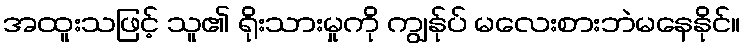
အထူးသဖြင့် သူ၏ ရိုးသားမှုကို ကျွန်ုပ် မလေးစားဘဲမနေနိုင်။